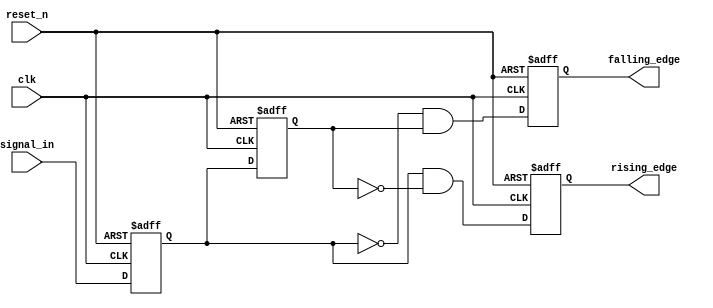
module glitch_free_edge_detector (
    input wire clk,                // Clock signal
    input wire reset_n,            // Asynchronous reset (active low)
    input wire signal_in,          // Input signal to detect edges
    output reg rising_edge,        // Output signal for rising edge detection
    output reg falling_edge        // Output signal for falling edge detection
);

    // Memory elements to hold the previous and current states
    reg current_state;
    reg prev_state;

    // Always block for edge detection and state update
    always @(posedge clk or negedge reset_n) begin
        if (!reset_n) begin
            // Asynchronous reset
            current_state <= 1'b0;
            prev_state <= 1'b0;
            rising_edge <= 1'b0;
            falling_edge <= 1'b0;
        end else begin
            // Update previous state to current state
            prev_state <= current_state;
            // Update current state with the input signal
            current_state <= signal_in;

            // Edge detection logic
            rising_edge <= (current_state == 1'b1) && (prev_state == 1'b0);
            falling_edge <= (current_state == 1'b0) && (prev_state == 1'b1);
        end
    end

endmodule